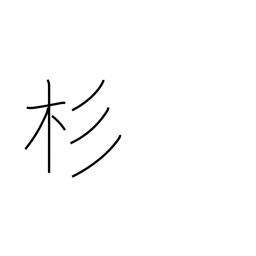
Meaning: cryptomeria